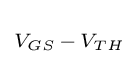
\scriptstyle V_{GS}\,-\,V_{TH}